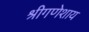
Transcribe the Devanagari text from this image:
श्रीगणेशाय